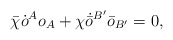
\begin{align*}\bar{\chi}\dot{o}^A o_A + \chi\dot{\bar{o}}^{B'}\bar{o}_{B'} = 0,\end{align*}